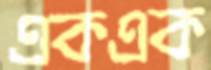
একএক